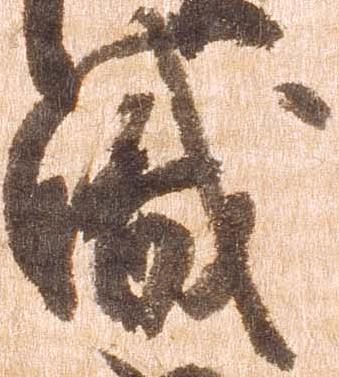
職